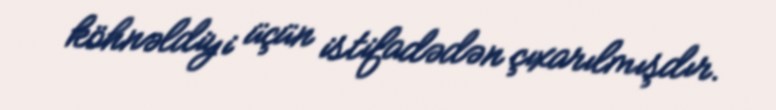
köhnəldiyi üçün istifadədən çıxarılmışdır.